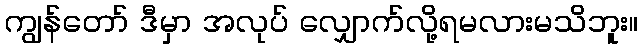
ကျွန်တော် ဒီမှာ အလုပ် လျှောက်လို့ရမလားမသိဘူး။